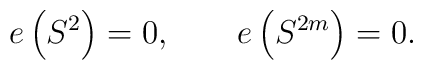
e\left(S^2\right)=0, \qquad e\left(S^{2m}\right)=0.